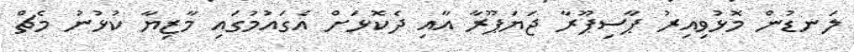
ލަނޑުން މޮޅުވިއިރު ޕާސިޕޫރާ ޖަޔަޕޫރާ އާއި ދެކޮޅަށް އެގައުމުގައި މާޒިޔާ ކުޅުނު މެޗް